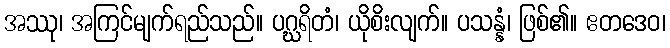
အဿု၊ အကြင်မျက်ရည်သည်။ ပဂ္ဃရိတံ၊ ယိုစိးလျက်။ ပသန္နံ၊ ဖြစ်၏။ ဧတဒေဝ၊